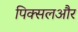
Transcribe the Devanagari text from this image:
पिक्सलऔर